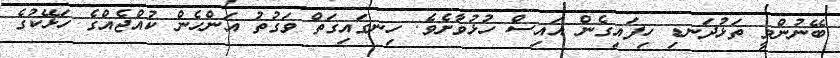
ބޭނުންވީ ތަޅުދަނޑި ހިފައިގެން އައިސް ހުޅުވާށެވެ. ހިނގައިގަތް ވަގުތު އަންހެން ކުއްޖެއްގެ ހަޅޭކުގެ